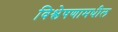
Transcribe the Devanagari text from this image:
विश्लेषणामधील